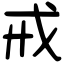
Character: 戒